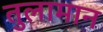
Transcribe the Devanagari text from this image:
तुलामान